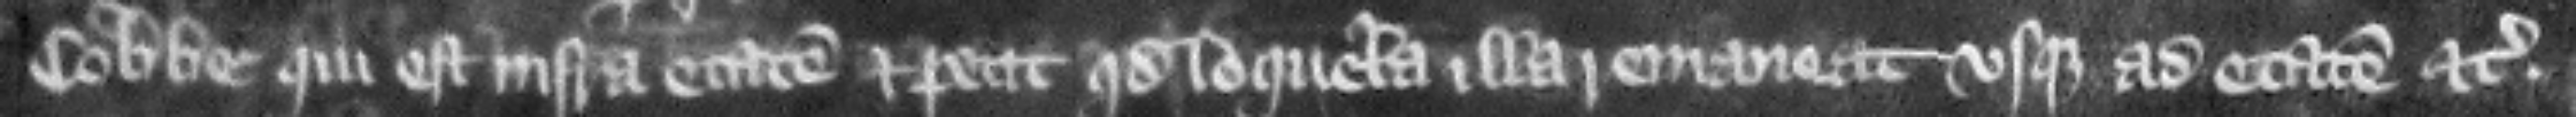
Cobbe. qui est infra etatem. et petit quod loquela illa remaneat sque ad etatem etc.